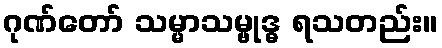
ဂုဏ်တော် သမ္မာသမ္ဗုဒ္ဓ ရသတည်း။